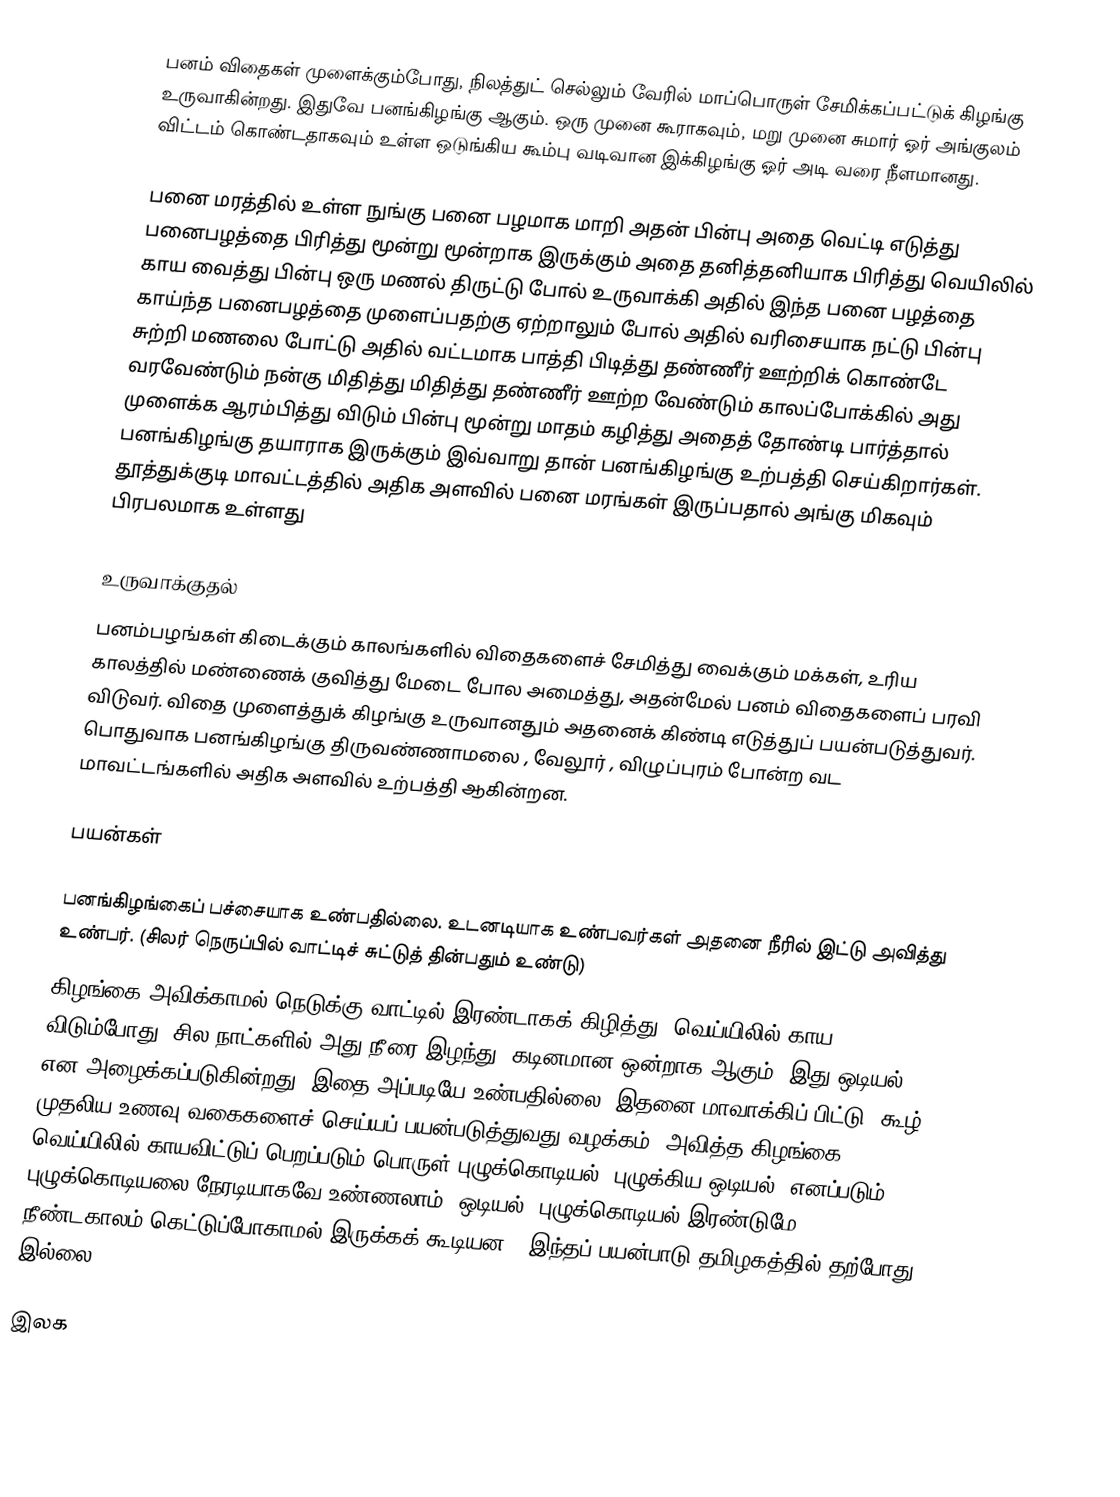
பனம் விதைகள் முளைக்கும்போது, நிலத்துட் செல்லும் வேரில் மாப்பொருள் சேமிக்கப்பட்டுக் கிழங்கு உருவாகின்றது. இதுவே பனங்கிழங்கு ஆகும். ஒரு முனை கூராகவும், மறு முனை சுமார் ஓர் அங்குலம் விட்டம் கொண்டதாகவும் உள்ள ஒடுங்கிய கூம்பு வடிவான இக்கிழங்கு ஓர் அடி வரை நீளமானது.

பனை மரத்தில் உள்ள நுங்கு பனை பழமாக மாறி அதன் பின்பு அதை வெட்டி எடுத்து பனைபழத்தை பிரித்து மூன்று மூன்றாக இருக்கும் அதை தனித்தனியாக பிரித்து வெயிலில் காய வைத்து பின்பு ஒரு மணல் திருட்டு போல் உருவாக்கி அதில் இந்த பனை பழத்தை காய்ந்த பனைபழத்தை முளைப்பதற்கு ஏற்றாலும் போல் அதில் வரிசையாக நட்டு பின்பு சுற்றி மணலை போட்டு அதில் வட்டமாக பாத்தி பிடித்து தண்ணீர் ஊற்றிக் கொண்டே வரவேண்டும் நன்கு மிதித்து மிதித்து தண்ணீர் ஊற்ற வேண்டும் காலப்போக்கில் அது முளைக்க ஆரம்பித்து விடும் பின்பு மூன்று மாதம் கழித்து அதைத் தோண்டி பார்த்தால் பனங்கிழங்கு தயாராக இருக்கும் இவ்வாறு தான் பனங்கிழங்கு உற்பத்தி செய்கிறார்கள். தூத்துக்குடி மாவட்டத்தில் அதிக அளவில் பனை மரங்கள் இருப்பதால் அங்கு மிகவும் பிரபலமாக உள்ளது

உருவாக்குதல்
பனம்பழங்கள் கிடைக்கும் காலங்களில் விதைகளைச் சேமித்து வைக்கும் மக்கள், உரிய காலத்தில் மண்ணைக் குவித்து மேடை போல அமைத்து, அதன்மேல் பனம் விதைகளைப் பரவி விடுவர். விதை முளைத்துக் கிழங்கு உருவானதும் அதனைக் கிண்டி எடுத்துப் பயன்படுத்துவர்.  பொதுவாக பனங்கிழங்கு திருவண்ணாமலை , வேலூர் , விழுப்புரம் போன்ற வட மாவட்டங்களில் அதிக அளவில் உற்பத்தி ஆகின்றன.

பயன்கள்

 பனங்கிழங்கைப் பச்சையாக உண்பதில்லை. உடனடியாக உண்பவர்கள் அதனை நீரில் இட்டு அவித்து உண்பர். (சிலர் நெருப்பில் வாட்டிச் சுட்டுத் தின்பதும் உண்டு)
 கிழங்கை அவிக்காமல் நெடுக்கு வாட்டில் இரண்டாகக் கிழித்து, வெய்யிலில் காய விடும்போது, சில நாட்களில் அது நீரை இழந்து, கடினமான ஒன்றாக ஆகும். இது ஒடியல் என அழைக்கப்படுகின்றது. இதை அப்படியே உண்பதில்லை. இதனை மாவாக்கிப் பிட்டு, கூழ் முதலிய உணவு வகைகளைச் செய்யப் பயன்படுத்துவது வழக்கம். அவித்த கிழங்கை வெய்யிலில் காயவிட்டுப் பெறப்படும் பொருள் புழுக்கொடியல் (புழுக்கிய ஒடியல்) எனப்படும். புழுக்கொடியலை நேரடியாகவே உண்ணலாம். ஒடியல், புழுக்கொடியல் இரண்டுமே, நீண்டகாலம் கெட்டுப்போகாமல் இருக்கக் கூடியன. (இந்தப் பயன்பாடு தமிழகத்தில் தற்போது இல்லை)

இலக